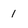
Character: 1